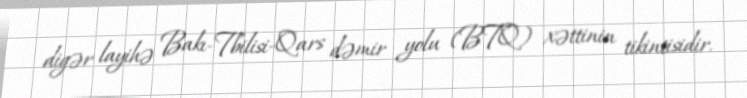
digər layihə Bakı-Tbilisi-Qars dəmir yolu (BTQ) xəttinin tikintisidir.